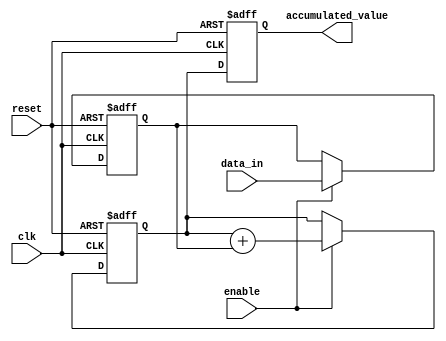
module Parallel_Accumulator (
    input wire clk,
    input wire reset,
    input wire enable,
    input wire [7:0] data_in,
    output reg [15:0] accumulated_value
);

reg [15:0] intermediate_result;
reg [7:0] data_temp;

always @ (posedge clk or posedge reset) begin
    if (reset) begin
        accumulated_value <= 16'd0;
        intermediate_result <= 16'd0;
        data_temp <= 8'd0;
    end else begin
        if (enable) begin
            data_temp <= data_in;
            intermediate_result <= intermediate_result + data_temp;
        end
        accumulated_value <= intermediate_result;
    end
end

endmodule